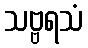
သဗ္ဗရသံ